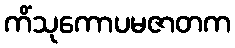
ကိံသုကောပမဇာတက